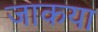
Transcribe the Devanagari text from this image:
जाकया